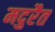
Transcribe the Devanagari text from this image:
मदुरैत